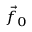
\scriptstyle { \vec { f } } _ { 0 }